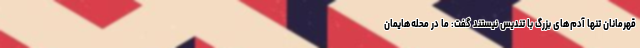
قهرمانان تنها آدم‌های بزرگ با تندیس نیستند گفت: ما در محله‌هایمان